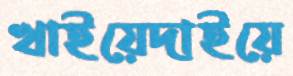
খাইয়েদাইয়ে